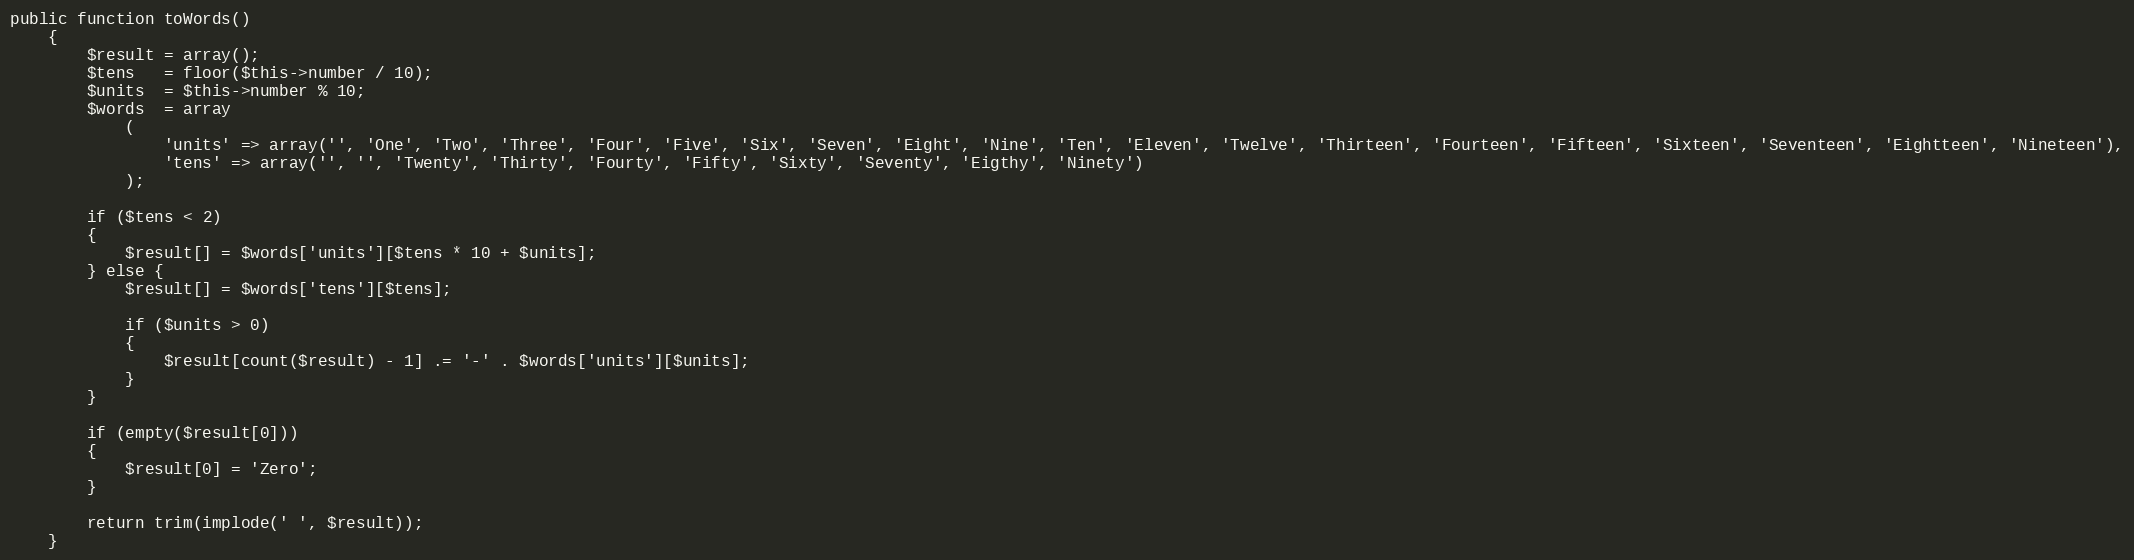
Language: PHP
public function toWords()
	{
		$result = array();
        $tens   = floor($this->number / 10);
        $units  = $this->number % 10;
        $words  = array
	        (
	            'units' => array('', 'One', 'Two', 'Three', 'Four', 'Five', 'Six', 'Seven', 'Eight', 'Nine', 'Ten', 'Eleven', 'Twelve', 'Thirteen', 'Fourteen', 'Fifteen', 'Sixteen', 'Seventeen', 'Eightteen', 'Nineteen'),
	            'tens' => array('', '', 'Twenty', 'Thirty', 'Fourty', 'Fifty', 'Sixty', 'Seventy', 'Eigthy', 'Ninety')
	        );

        if ($tens < 2)
        {
            $result[] = $words['units'][$tens * 10 + $units];
        } else {
            $result[] = $words['tens'][$tens];

            if ($units > 0)
            {
                $result[count($result) - 1] .= '-' . $words['units'][$units];
            }
        }

        if (empty($result[0]))
        {
            $result[0] = 'Zero';
        }

        return trim(implode(' ', $result));
	}